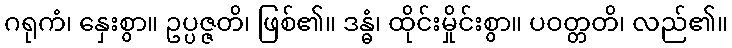
ဂရုကံ၊ နှေးစွာ။ ဥပ္ပဇ္ဇတိ၊ ဖြစ်၏။ ဒန္ဓံ၊ ထိုင်းမှိုင်းစွာ။ ပဝတ္တတိ၊ လည်၏။